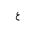
Letter: _ayn